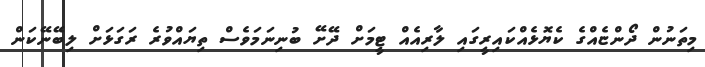
މިތަނުން ދޯންޏެއްގެ ކެޔޮޅެއްކައިރީގައި ލާރިއެއް ޓީމަށް ދޭށޭ ބުނިނަމަވެސް ތިޔައްވުރެ ރަގަޅަށް ލިބޭނޭކަން